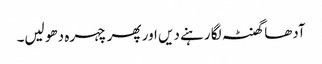
آدھا گھنٹہ لگا رہنے دیں اور پھر چہرہ دھو لیں۔